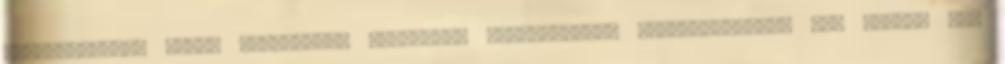
világnézetűek ellen gyűlöletet forralni, atombombával fenyegetődzni? Nem kérdés Meg